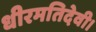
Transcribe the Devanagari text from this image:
धीरमतिदेवी।